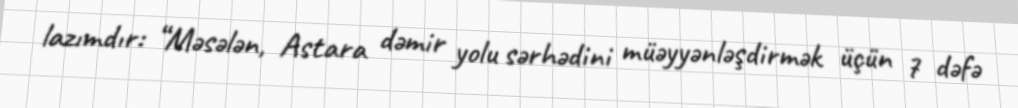
lazımdır: “Məsələn, Astara dəmir yolu sərhədini müəyyənləşdirmək üçün 7 dəfə